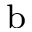
^ \mathrm { b }